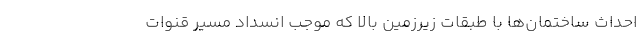
احداث ساختمان‌ها با طبقات زیرزمین بالا که موجب انسداد مسیر قنوات